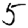
Digit: 5